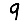
Digit: 9